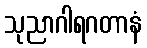
သုညာဂါရဂတာနံ